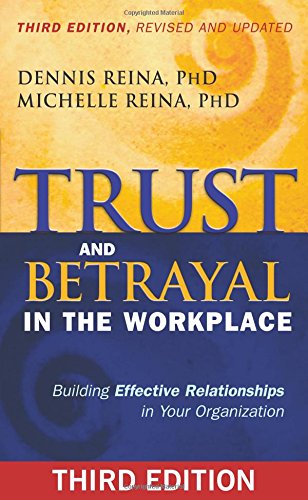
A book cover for Trust and Betrayal in the Workplace: Building Effective Relationships in Your Organization; Dennis Reina PhD; Medical Books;